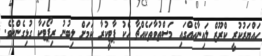
ހައްޔަރުކުރީ ކްރޫޒް ލައިނާއެއްގައި މަސްތުވާތަކެއްޗާ އެކު ޕާޓީކުރާ ކަމަށް ލިބުނު ރިޕޯޓަކާ ގުޅިގެންނެވެ.